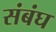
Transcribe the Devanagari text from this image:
संबंघ